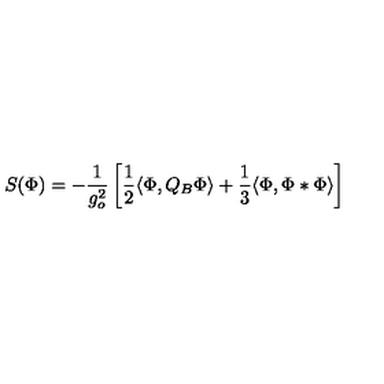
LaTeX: S ( \Phi ) = - \frac { 1 } { g _ { o } ^ { 2 } } \left[ \frac { 1 } { 2 } \langle \Phi , Q _ { B } \Phi \rangle + \frac { 1 } { 3 } \langle \Phi , \Phi * \Phi \rangle \right]